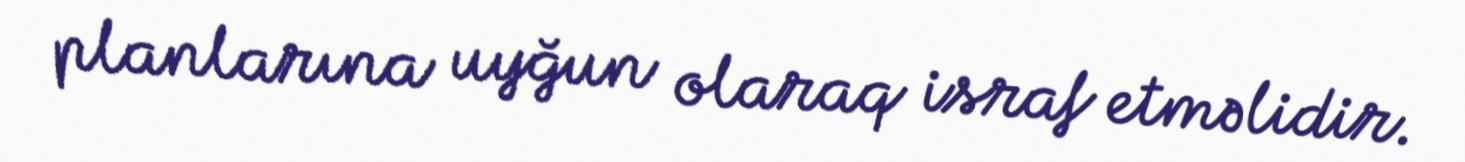
planlarına uyğun olaraq israf etməlidir.